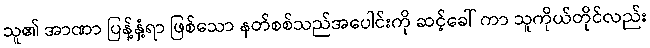
သူ၏ အာဏာ ပြန့်နှံ့ရာ ဖြစ်သော နတ်စစ်သည်အပေါင်းကို ဆင့်ခေါ် ကာ သူကိုယ်တိုင်လည်း